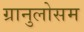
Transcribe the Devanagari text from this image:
ग्रानुलोसम